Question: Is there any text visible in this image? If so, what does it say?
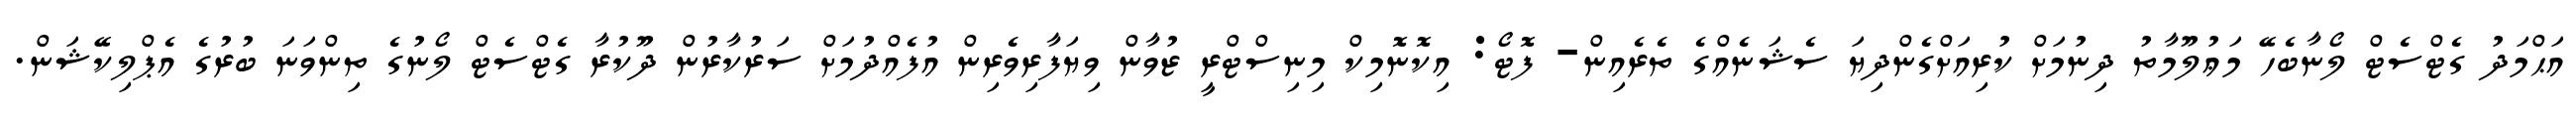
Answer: އަޙްމަދު ގެޓްސެޓް ލޯނާބެހޭ މަޢުލޫމާތު ދިނުމަށް ކުރިއަށްގެންދިޔަ ސެޝަނެއްގެ ތެރެއިން- ފޮޓޯ: އިކޮނޮމިކް މިނިސްޓްރީ ޒުވާން ވިޔަފާރިވެރިން އުފެއްދުމަށް ސަރުކާރުން ދޫކުރާ ގެޓްސެޓް ލޯނުގެ ތިންވަނަ ބުރުގެ އެޕްލިކޭޝަން.